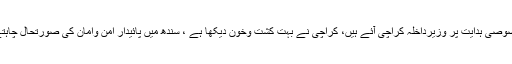
اس موقع پر گورنر سندھ عمران اسماعیل کا کہنا تھا کہ وزیراعظم کی خصوصی ہدایت پر وزیرداخلہ کراچی آئے ہیں، کراچی نے بہت کشت وخون دیکھا ہے ، سندھ میں پائیدار امن وامان کی صورتحال چاہتے ہیں، سندھ میں سیاسی صورتحال پر بھی وزیرداخلہ سےبات ہوئی ہے ۔